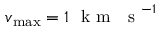
v _ { \mathrm { m a x } } = 1 ~ \mathrm { ~ k ~ m ~ ~ ~ s ~ } ^ { - 1 }